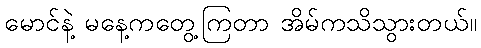
မောင်နဲ့ မနေ့ကတွေ့ကြတာ အိမ်ကသိသွားတယ်။